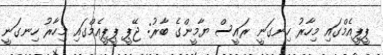
ޕީޕީއެމްގައި މިހާރު ހިނގަނީ ރައީސް ޔާމީންގެ ބާރު: ޖޭޕީ ޕީޕީއެމްގައި މިހާރު ހިނގަނީ